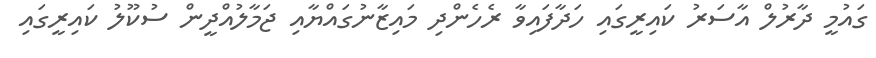
ގައުމީ ދާރުލް އާސަރު ކައިރީގައި ހަދާފައިވާ ރެހެންދި މައިޒާނުގައްޔާއި ޖަމާލުއްދީން ސުކޫލު ކައިރީގައި